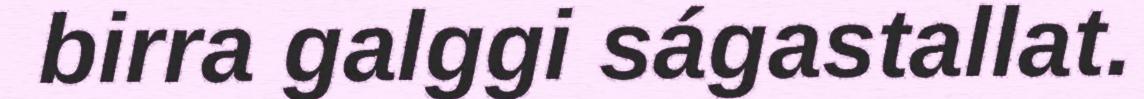
birra galggi ságastallat.